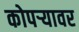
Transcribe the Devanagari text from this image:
कोपऱ्यावर